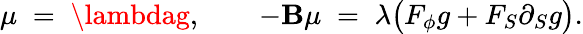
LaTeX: \mu\; =\; \lambdag,\qquad-\mathbf{B}\mu\; =\; \lambda\bigl(F_{\phi}g+F_{S}\partial_{S}g\bigr).